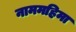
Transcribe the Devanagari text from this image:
नाममहिमा